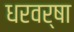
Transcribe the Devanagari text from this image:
धरवर्षा